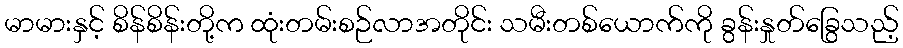
မာမားနှင့် စိန်စိန်းတို့က ထုံးတမ်းစဉ်လာအတိုင်း သမီးတစ်ယောက်ကို ခွန်းနှုတ်ခြွေသည့်